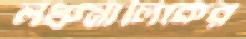
লঞ্চমালিকের